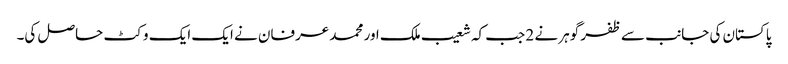
پاکستان کی جانب سے ظفر گوہر نے 2 جب کہ شعیب ملک اور محمد عرفان نے ایک ایک وکٹ حاصل کی۔